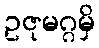
ဥဇုမဂ္ဂမှိ